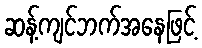
ဆန့်ကျင်ဘက်အနေဖြင့်